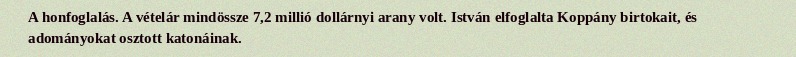
A honfoglalás. A vételár mindössze 7,2 millió dollárnyi arany volt. István elfoglalta Koppány birtokait, és adományokat osztott katonáinak.